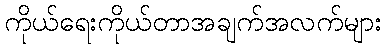
ကိုယ်ရေးကိုယ်တာအချက်အလက်များ